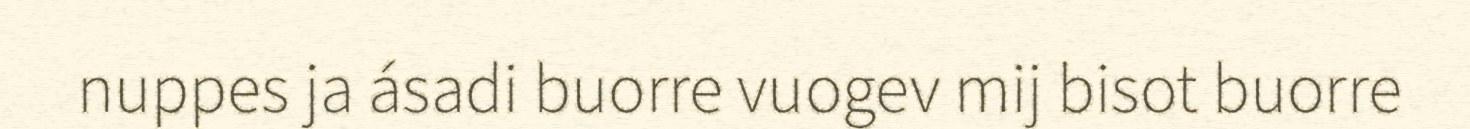
nuppes ja ásadi buorre vuogev mij bisot buorre